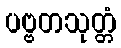
ပဗ္ဗတသုတ္တံ